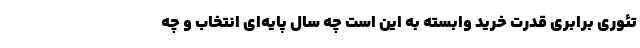
تئوری برابری قدرت خرید وابسته به این است چه سال پایه‌ای انتخاب و چه